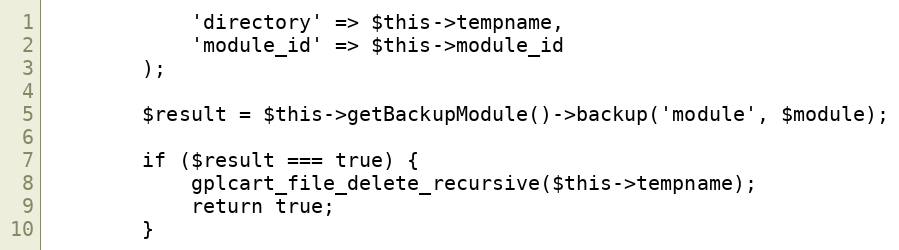
Language: PHP
            'directory' => $this->tempname,
            'module_id' => $this->module_id
        );

        $result = $this->getBackupModule()->backup('module', $module);

        if ($result === true) {
            gplcart_file_delete_recursive($this->tempname);
            return true;
        }